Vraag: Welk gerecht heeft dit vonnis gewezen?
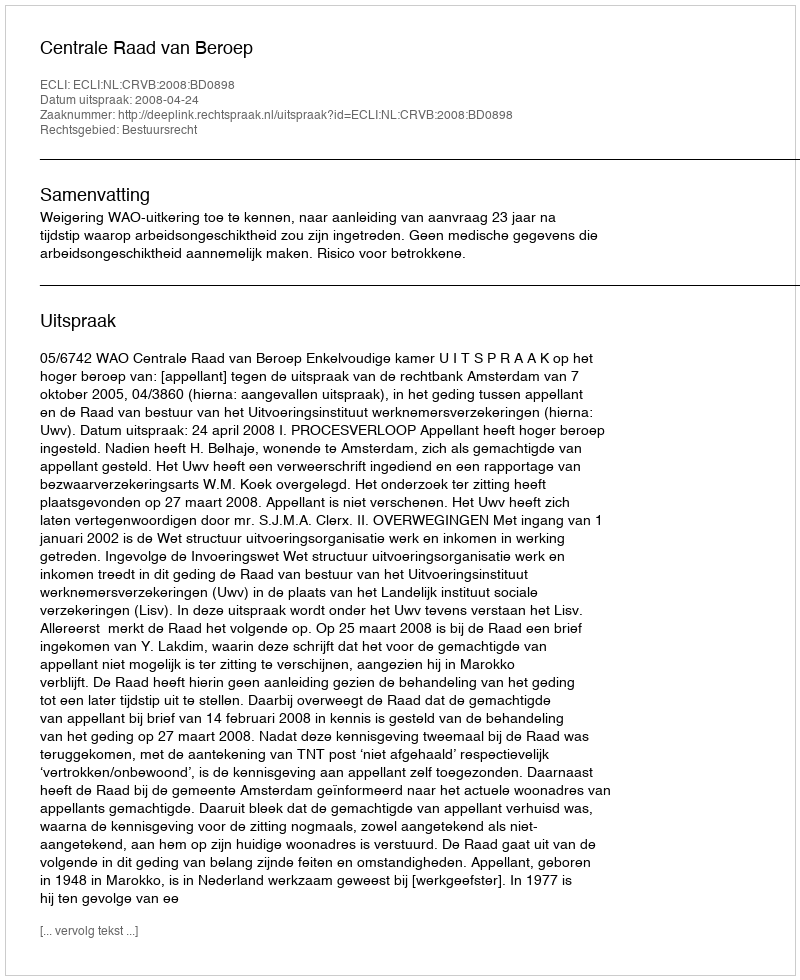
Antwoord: Centrale Raad van Beroep